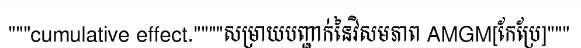
"""cumulative effect.""""សម្រាយបញ្ជាក់នៃវិសមភាព AMGM[កែប្រែ]"""